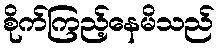
စိုက်ကြည့်နေမိသည်